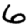
Digit: 6